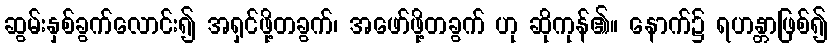
ဆွမ်းနှစ်ခွက်လောင်း၍ အရှင်ဖို့တခွက်၊ အဖော်ဖို့တခွက် ဟု ဆိုကုန်၏။ နောက်၌ ရဟန္တာဖြစ်၍